Code of medical and sanitary regulations for the guidance of medical officers serving in the Madras Presidency - Volume II
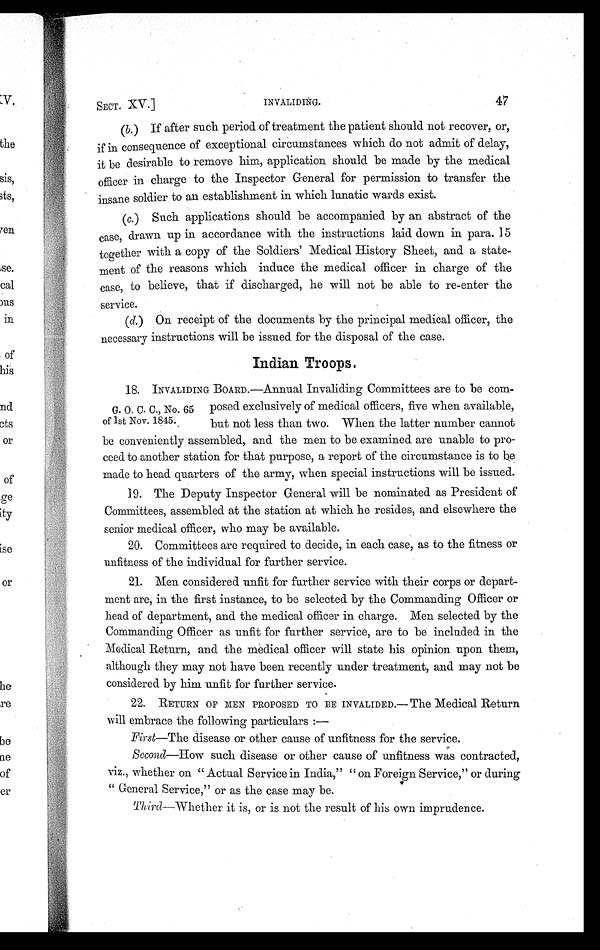
SECT. XV.]
INVALIDING.
47
(b.) If after such period of treatment the patient should not recover, or,
if in consequence of exceptional circumstances which do not admit of delay,
it be desirable to remove him, application should be made by the medical
officer in charge to the Inspector General for permission to transfer the
insane soldier to an establishment in which lunatic wards exist.
(c.) Such applications should be accompanied by an abstract of the
case, drawn up in accordance with the instructions laid down in para. 15
together with a copy of the Soldiers' Medical History Sheet, and a state-
ment of the reasons which induce the medical officer in charge of the
case, to believe, that if discharged, he will not be able to re-enter the
service.
(d.) On receipt of the documents by the principal medical officer, the
necessary instructions will be issued for the disposal of the case.
Indian Troops.
18. INVALIDING BOARD.—Annual Invaliding Committees are to be com-
posed exclusively of medical officers, five when available,
but not less than two. When the latter number cannot
be conveniently assembled, and the men to be examined are unable to pro-
ceed to another station for that purpose, a report of the circumstance is to be
made to head quarters of the army, when special instructions will be issued.
19. The Deputy Inspector General will be nominated as President of
Committees, assembled at the station at which he resides, and elsewhere the
senior medical officer, who may be available.
20. Committees are required to decide, in each case, as to the fitness or
unfitness of the individual for further service.
21. Men considered unfit for further service with their corps or depart-
ment are, in the first instance, to be selected by the Commanding Officer or
head of department, and the medical officer in charge. Men selected by the
Commanding Officer as unfit for further service, are to be included in the
Medical Return, and the medical officer will state his opinion upon them,
although they may not have been recently under treatment, and may not be
considered by him unfit for further service.
22. RETURN OF MEN PROPOSED TO BE INVALIDED.— The Medical Return
will embrace the following particulars :—
First—The disease or other cause of unfitness for the service.
Second—How such disease or other cause of unfitness was contracted,
viz., whether on "Actual Service in India" "on Foreign Service," or during
" General Service," or as the case may be.
Third —Whether it is, or is not the result of his own imprudence.
G. O. C. C., No. 65
of 1st Nov. 1845.